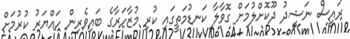
ރައީސް ނަޝީދު ދޫކޮށްލުމަށް ގޮވާލާ ކަނޑުމަތީގައި ކުރި މުޒާހަރާގެ ބައިވެރިން ހައްޔަރު ކުރުމަށް